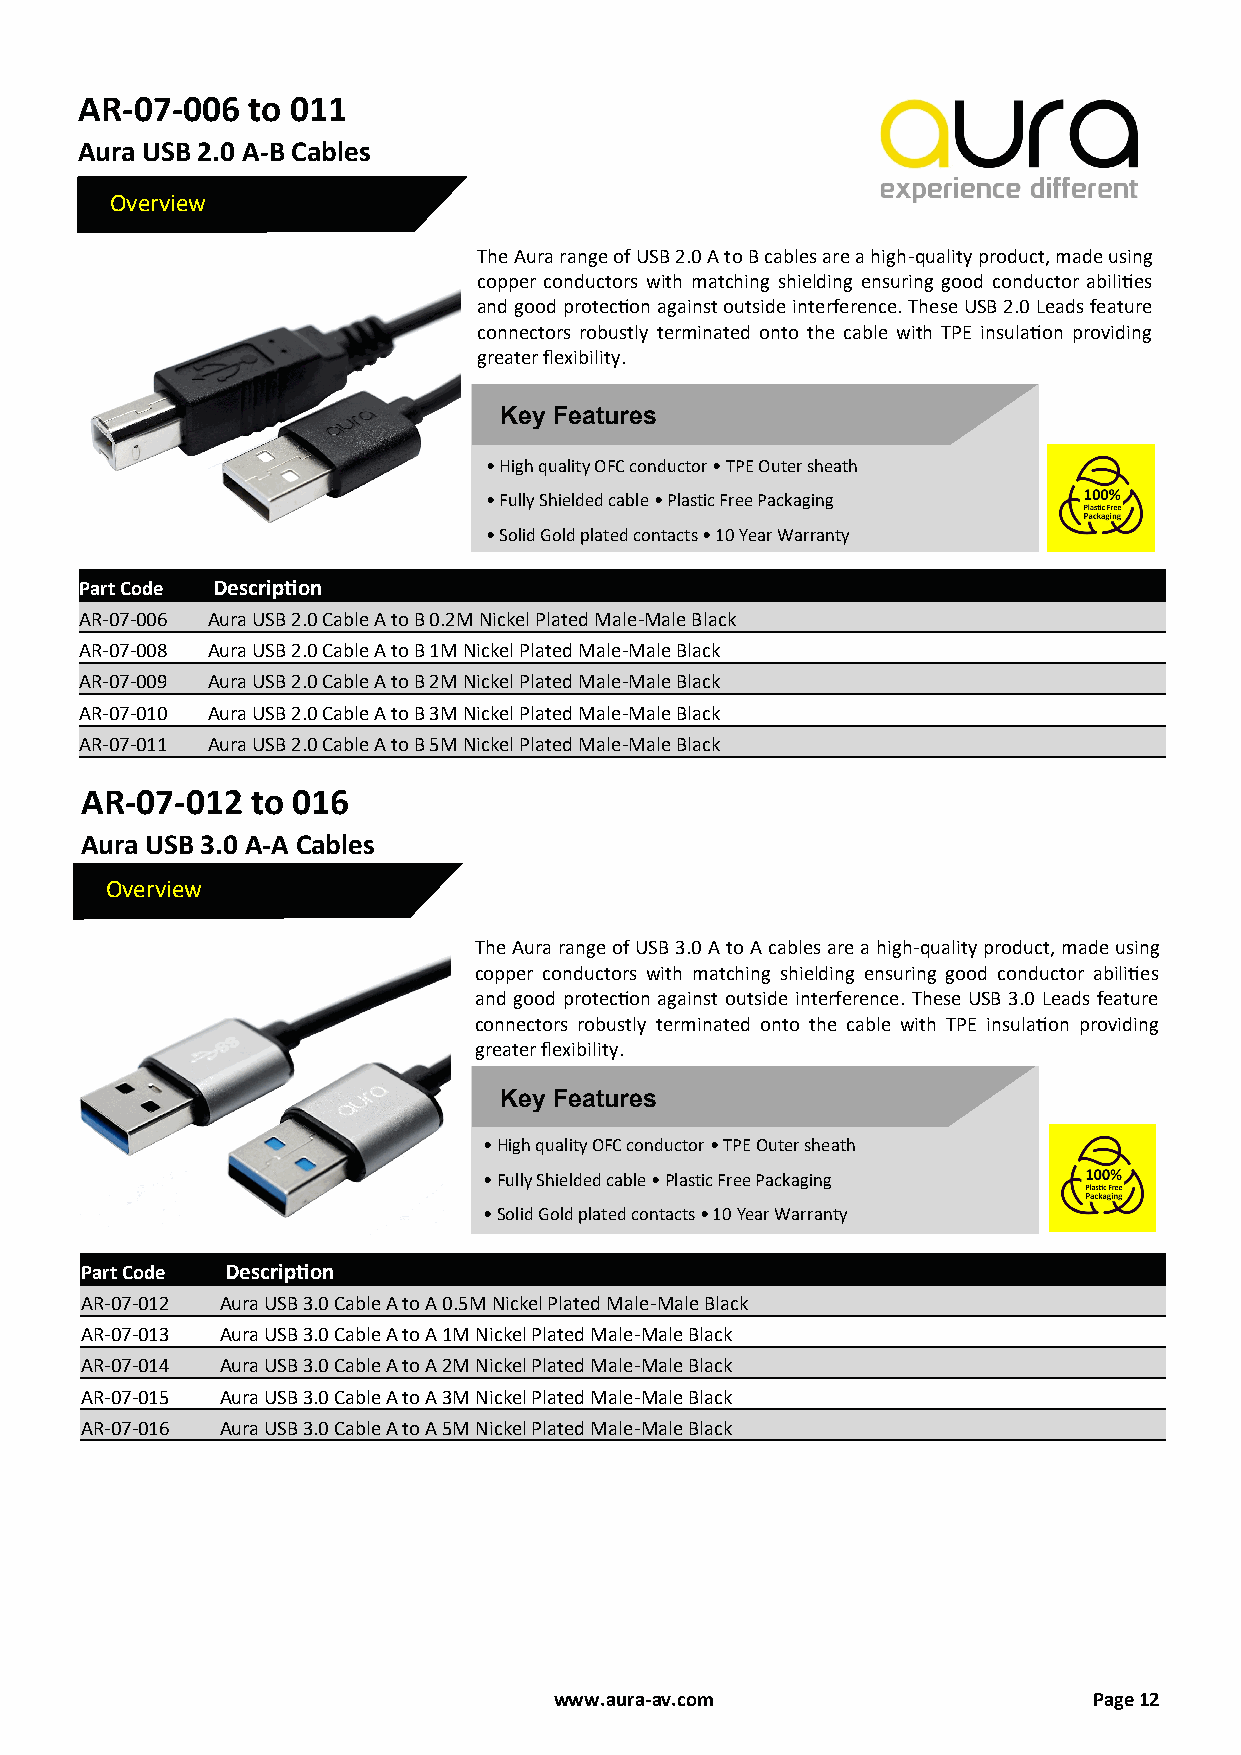
AR-07-006  to 011
 Aura USB 2.0 A-B Cables
 Overview
 The Aura range of USB 2.0 A to B cables are a high-quality product, made using
 copper conductors with matching shielding ensuring good conductor abilities
 and good protection against outside interference. These USB 2.0 Leads feature
 connectors robustly terminated onto the cable with TPE insulation providing
 greater flexibility.
 Key Features
 • High quality OFC conductor • TPE Outer sheath
 • Fully Shielded cable • Plastic Free Packaging
 • Solid Gold plated contacts • 10 Year Warranty
 Part Code Description
 AR-07-006 Aura USB 2.0 Cable A to B 0.2M Nickel Plated Male-Male Black
 AR-07-008 Aura USB 2.0 Cable A to B 1M Nickel Plated Male-Male Black
 AR-07-009 Aura USB 2.0 Cable A to B 2M Nickel Plated Male-Male Black
 AR-07-010 Aura USB 2.0 Cable A to B 3M Nickel Plated Male-Male Black
 AR-07-011 Aura USB 2.0 Cable A to B 5M Nickel Plated Male-Male Black
 AR-07-012   to 016
 Aura USB 3.0 A-A Cables
 Overview
 The Aura range of USB 3.0 A to A cables are a high-quality product, made using
 copper conductors with matching shielding ensuring good conductor abilities
 and good protection against outside interference. These USB 3.0 Leads feature
 connectors robustly terminated onto the cable with TPE insulation providing
 greater flexibility.
 Key Features
 • High quality OFC conductor • TPE Outer sheath
 • Fully Shielded cable • Plastic Free Packaging
 • Solid Gold plated contacts • 10 Year Warranty
 Part Code Description
 AR-07-012 Aura USB 3.0 Cable A to A 0.5M Nickel Plated Male-Male Black
 AR-07-013 Aura USB 3.0 Cable A to A 1M Nickel Plated Male-Male Black
 AR-07-014 Aura USB 3.0 Cable A to A 2M Nickel Plated Male-Male Black
 AR-07-015 Aura USB 3.0 Cable A to A 3M Nickel Plated Male-Male Black
 AR-07-016 Aura USB 3.0 Cable A to A 5M Nickel Plated Male-Male Black
 www.aura-av.com                    Page 12